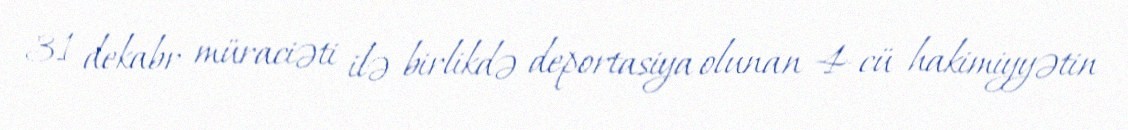
31 dekabr müraciəti ilə birlikdə deportasiya olunan 4-cü hakimiyyətin